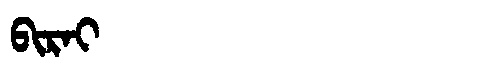
Manchu: ᠪᡳᡵᠠᡳ
Romanization: BIRAI